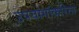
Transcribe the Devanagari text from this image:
उपयोगांकरिता